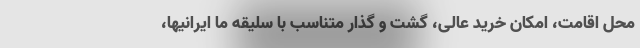
محل اقامت، امکان خرید عالی، گشت و گذار متناسب با سلیقه ما ایرانیها،